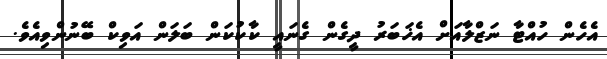
އެހެން ހުއްޓާ ނަޒްލާއަށް އެޚަބަރު ދީގެން ގެނައީ ކާކުކަން ބަލަން އަވިކް ބޭނުންވިއެވެ.